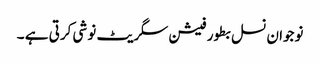
نوجوان نسل بطور فیشن سگریٹ نوشی کرتی ہے ۔